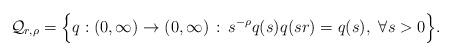
LaTeX: \begin{align*} \mathcal{Q}_{r,\rho} = \Big\{ q: (0, \infty) \to (0,\infty) \, :\, s^{-\rho} q(s) q(s r) = q(s), \ \forall s>0 \Big\}.\end{align*}